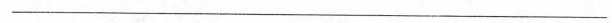
___